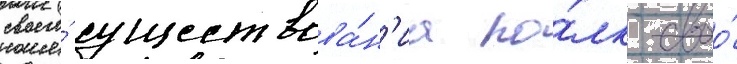
своего́ существова́н'иа по́лк своо́